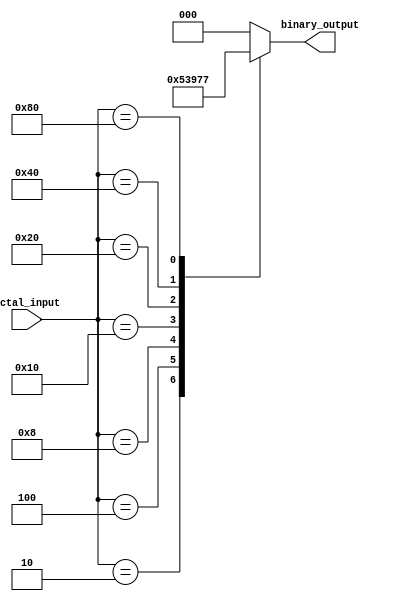
module octal_to_binary_encoder (
    input  [7:0] octal_input,  // 8-bit octal input
    output reg [2:0] binary_output // 3-bit binary output
);

    always @(*) begin
        // Default output
        binary_output = 3'b000; // Default to 0 if no input is active

        // Check each input and assign the corresponding binary output
        case (octal_input)
            8'b00000001: binary_output = 3'b000; // octal 0
            8'b00000010: binary_output = 3'b001; // octal 1
            8'b00000100: binary_output = 3'b010; // octal 2
            8'b00001000: binary_output = 3'b011; // octal 3
            8'b00010000: binary_output = 3'b100; // octal 4
            8'b00100000: binary_output = 3'b101; // octal 5
            8'b01000000: binary_output = 3'b110; // octal 6
            8'b10000000: binary_output = 3'b111; // octal 7
            default: binary_output = 3'b000;      // If no input is active
        endcase
    end

endmodule